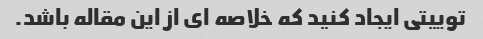
توییتی ایجاد کنید که خلاصه ای از این مقاله باشد.